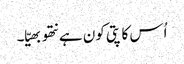
اُس کا پتی کون ہے نتھو بھیّا۔